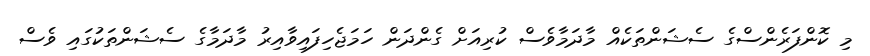
މި ކޮންފަރެންސްގެ ސެޝަންތަކެއް މާދަމާވެސް ކުރިއަށް ގެންދަން ހަމަޖެހިފައިވާއިރު މާދަމާގެ ސެޝަންތަކުގައި ވެސް